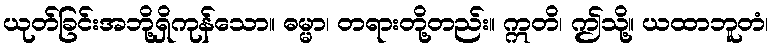
ယုတ်ခြင်းအဘို့ရှိကုန်သော။ ဓမ္မာ၊ တရားတို့တည်း။ ဣတိ၊ ဤသို့။ ယထာဘူတံ၊